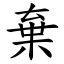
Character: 棄